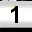
Digit: 1